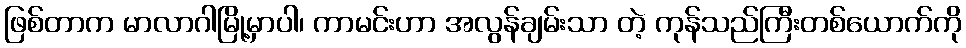
ဖြစ်တာက မာလာဂါမြို့မှာပါ၊ ကာမင်းဟာ အလွန်ချမ်းသာ တဲ့ ကုန်သည်ကြီးတစ်ယောက်ကို